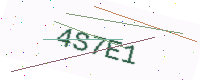
Text: 4S7E1